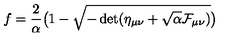
f = { \frac { 2 } { \alpha } } \bigl ( 1 - \sqrt { - \det ( \eta _ { \mu \nu } + \sqrt { \alpha } { \cal F } _ { \mu \nu } ) } \bigr )